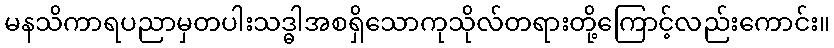
မနသိကာရပညာမှတပါးသဒ္ဓါအစရှိသောကုသိုလ်တရားတို့ကြောင့်လည်းကောင်း။